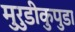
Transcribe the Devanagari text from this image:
मुरुडीकुपुडा